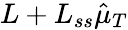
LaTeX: L+L_{ss}\hat{\mu}_{T}